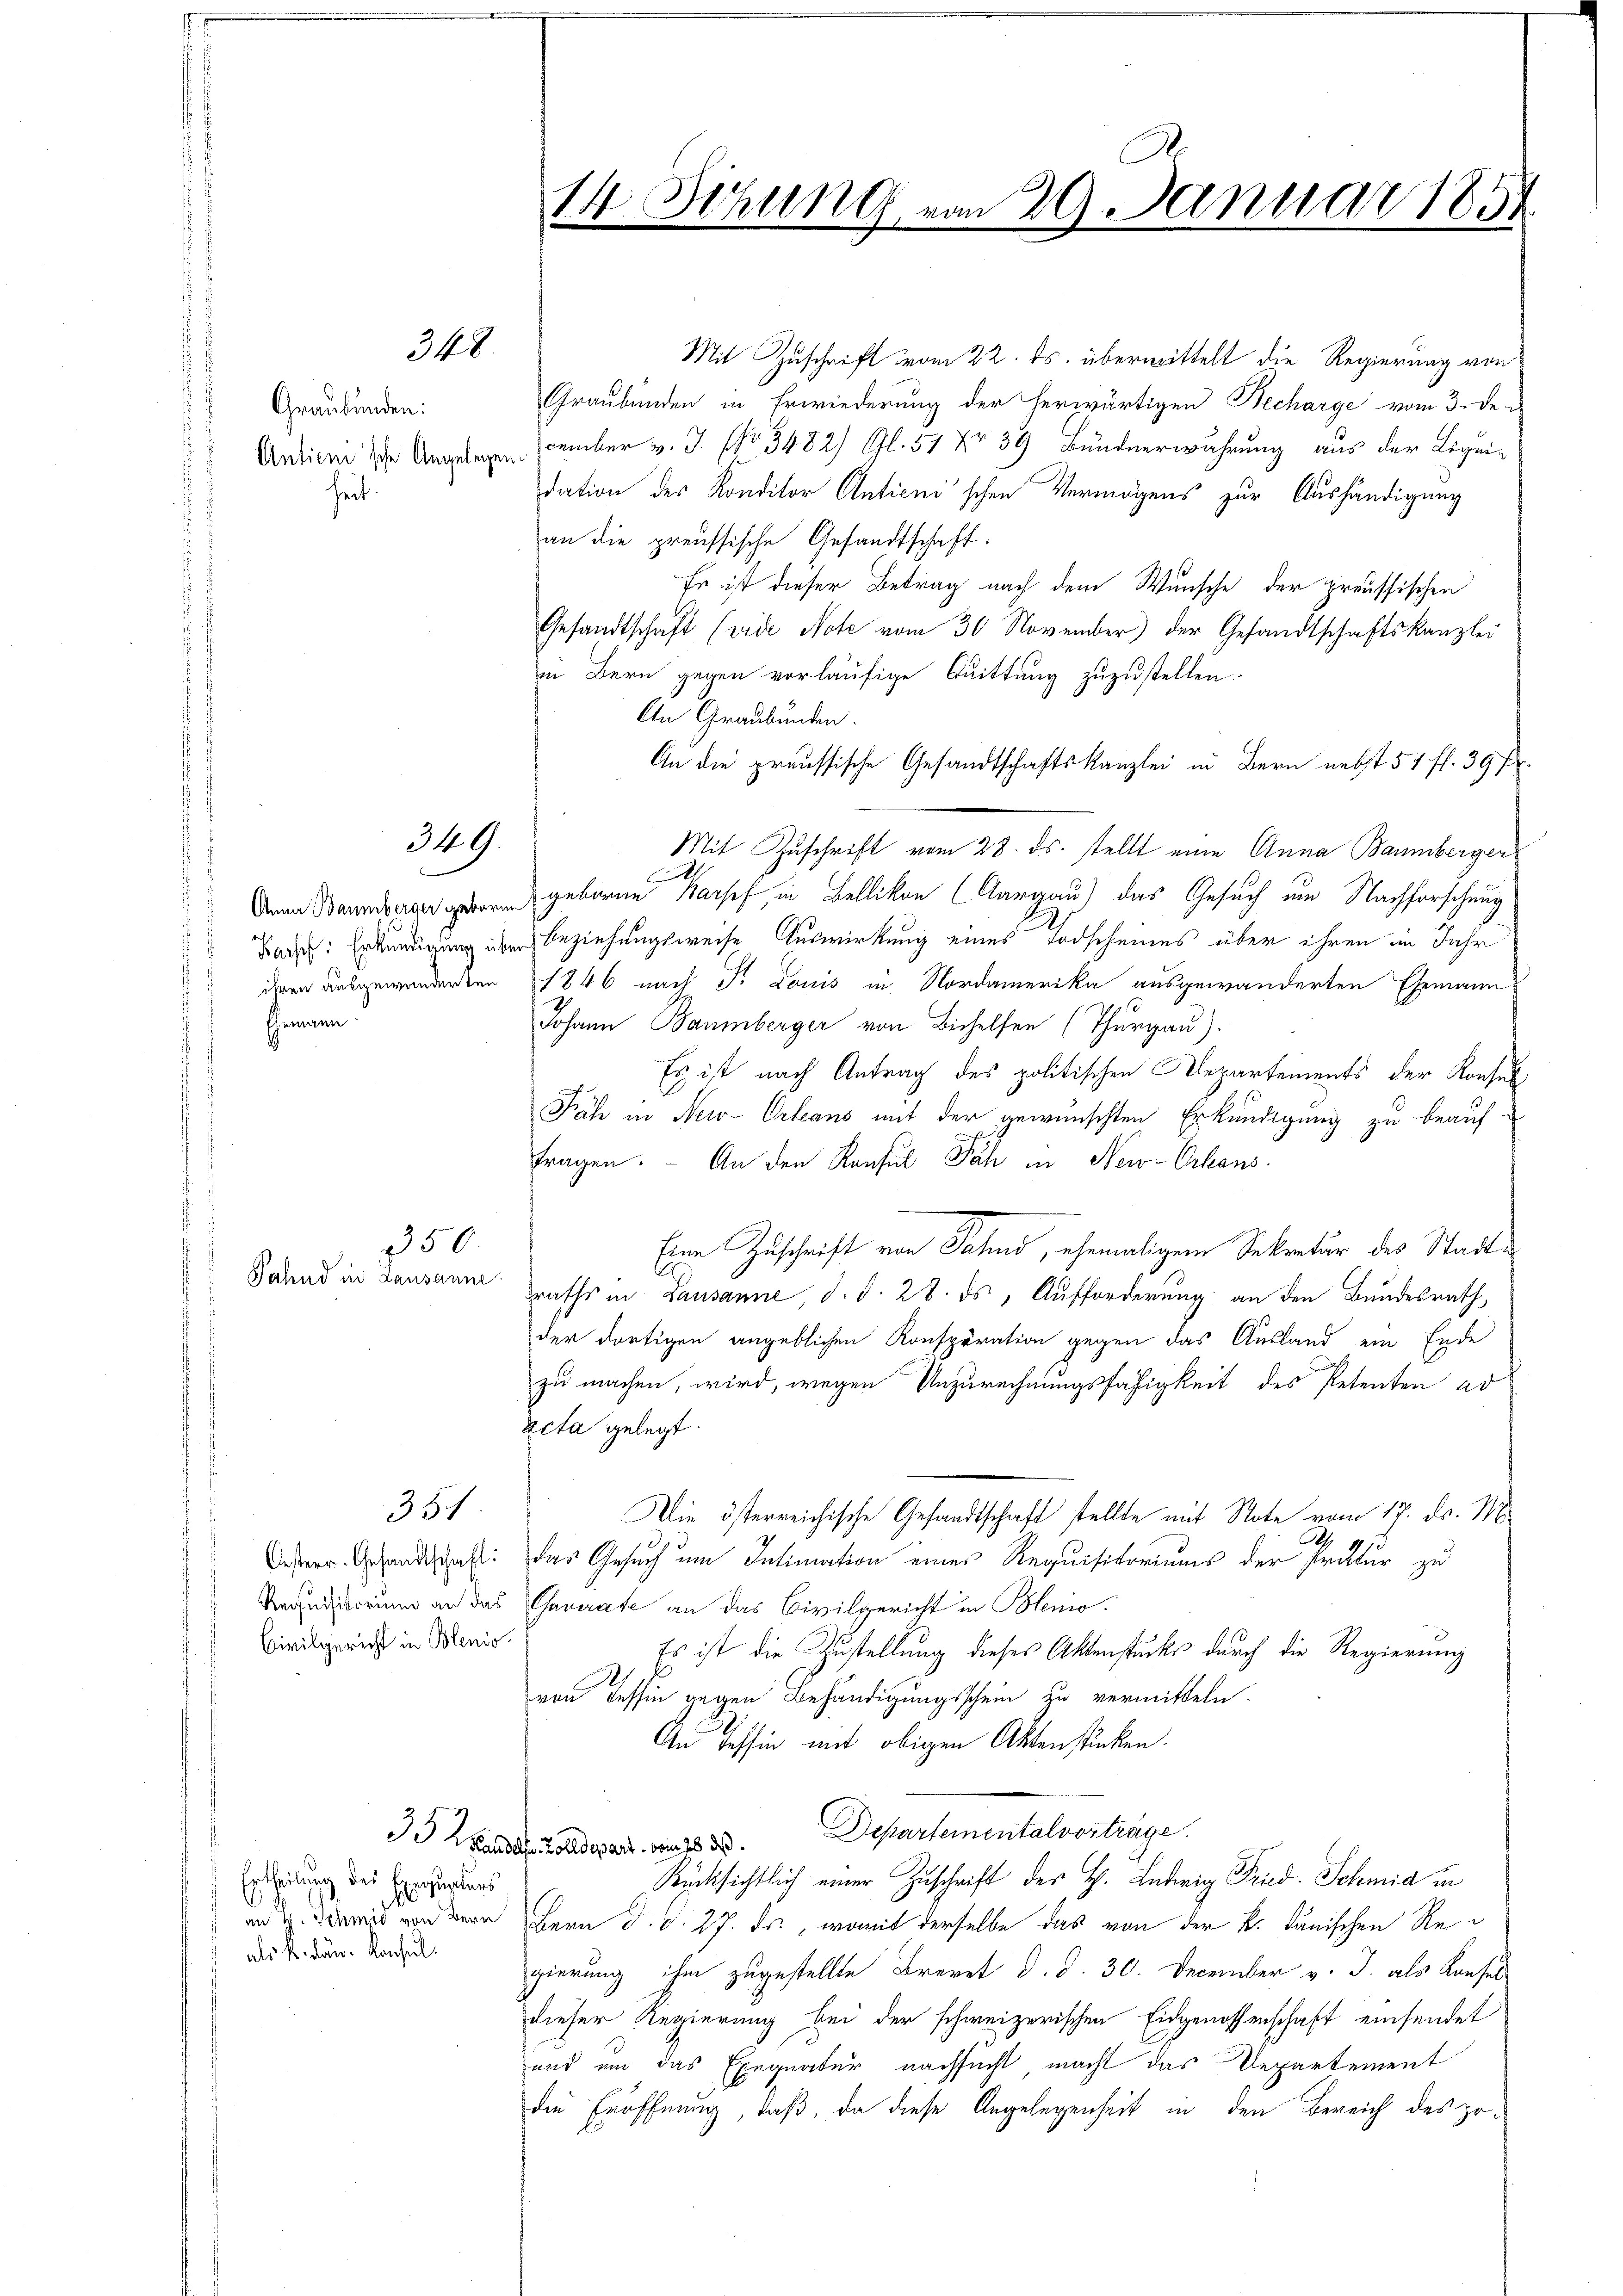
Mit Zuschrift vom 22. ds. übermittelt die Regierung von
Graubünden in Erwiederung der herwärtigen Becharge vom 3. der
cember v. J. NNo. 3482) Gl. 51 nr 39 Bündnerwahrung aus der Ligei-
dation des Konditor Anticni'schen Vermögens zur Aushändigung
an die preussische Gesandtschaft.
Es ist dieser Betrag nach dem Wunsche der preussischen
Gesandtschaft (vide Note vom 30. November) der Gesandtschaftskanzlei
in Bern gegen vorläufige Quittung zuzustellen.
An Graubünden.
An die preussische Gesandtschaftskanzlei in Bern nebst 51 ff. 39 f.
Mit Zuschrift vom 28. ds. stellt eine Anna Baumberger
.
Anan Baumberger geboren Barsef, in Bellikon (Aargau) das Gesuch um Nachforschung
Bade: Erkundigung über Beziehungsweise Auswirkung eines Todscheines über ihren im Jahr
ihren ausgewanderten 1846 nach P. Louis in Nordamerika ausgewanderten Ehemann
Johann Baumberger von Bichelfen (Thurgau).
Es ist nach Antrag des politischen Departements der Konsul¬
Fäh in New-Orleans mit der gewünschten Erkundigung zu beauffragen. An den Konsul Pah in New-Orkans

Eine Zuschrift von Jahnd, ehemaligem Sekretär des Stadtt
Fahnd in Lausanne
raths in Lausanne, d. d. 28. ds., Aufforderung an den Bundesrath,
der dortigen angeblichen Konsporation gegen das Ausland ein Ende
zu machen, wird, wegen Unzurechnungsfähigkeit des Petenten ad
acta gelegt.
351
Die österreichische Gesandtschaft stellte mit Note vom 17. ds. M
A
Oeser Gesandtschaft: Das Gesuch um Intimation eines Requisitoriums der Pratur zu
Reruditorum an das Characte an das Civilgericht in Blenio¬
Civilgericht in Blenio.
Es ist die Zustellung dieses Aktenstücks durch die Regierung
von Tessin gegen Behändigungsschein zu vermitteln.
An Tessin mit obigen Aktenstücken.
I Kandels anderart von 1833. Departementalvertrage.
Rücksichtlich einer Zuschrift des H. Ludwig Fried. Schmid in
 Ertheilung des Exequaturs
.
8
an von der Bern d. d. 27. ds., womit derselbe das von der k. Janischen Reals k. kan. Konsul
gierung ihm zugestellte Brevet d. d. 30. December v. J. als Konfess
dieser Regierung bei der schweizerischen Eidgenossenschaft einsendet
ans um das Exequatur nachsucht macht das Departement
die Eröffnung, daß, da diese Angelegenheit in den Bereich des po¬

34

Graubünden:
Anticni'sche Angelegen.
heit.

349.

Ehemann.

150

14. Sitzung vom 20. Januar 185
.